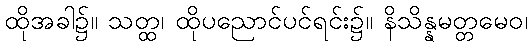
ထိုအခါ၌။ သတ္ထ၊ ထိုပညောင်ပင်ရင်း၌။ နိသိန္နမတ္တမေဝ၊